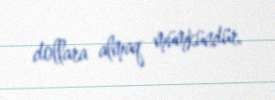
dollara almaq mümkündür.